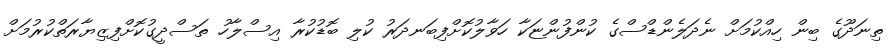
ތިނަދޫގެ ބިން ހިއްކުމަށް ނެދަލެންޑްސްގެ ކުންފުންޏަކާ ހަވާލުކޮށްފިބަނދަރު ކުލި ބޮޑުކުރާ އިސްލާހު ތަސްދީގުކޮށްފިޒިޔާރަތްކުރުމަށް